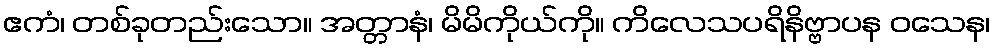
ဧကံ၊ တစ်ခုတည်းသော။ အတ္တာနံ၊ မိမိကိုယ်ကို။ ကိလေသပရိနိဗ္ဗာပန ဝသေန၊